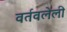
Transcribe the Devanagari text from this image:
वर्तवलेली